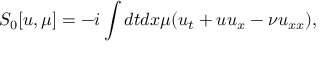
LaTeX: S _ { 0 } [ u , \mu ] = - i \int d t d x \mu ( u _ { t } + u u _ { x } - \nu u _ { x x } ) ,